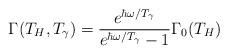
LaTeX: \begin{align*}\Gamma(T_H,T_\gamma) ={ e^{\hbar\omega/T_\gamma} \over e^{\hbar\omega/T_\gamma} - 1 }\Gamma_0(T_H)\end{align*}